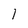
Character: l